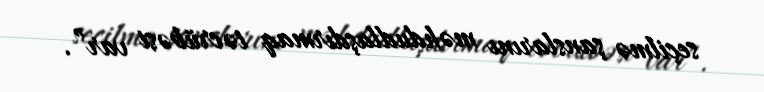
seçilmə şanslarını məhdudlaşdırmaq təcrübəsi var”.